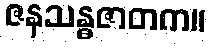
ဇနသန္ဓဇာတက။